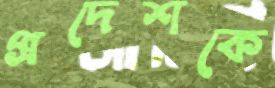
প্রদেশকে